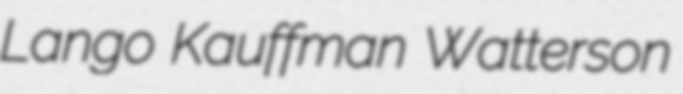
Lango Kauffman Watterson